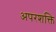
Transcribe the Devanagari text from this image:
अपरशक्ति